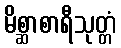
မိစ္ဆာစာရီသုတ္တံ